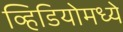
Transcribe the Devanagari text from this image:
व्हिडियोमध्ये